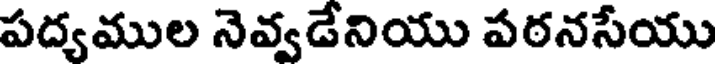
పద్యముల నెవ్వడేనియు పఠనసేయు